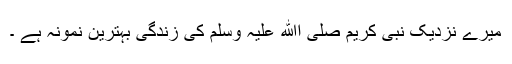
میرے نزدیک نبی کریم صلی اﷲ علیہ وسلم کی زندگی بہترین نمونہ ہے ۔